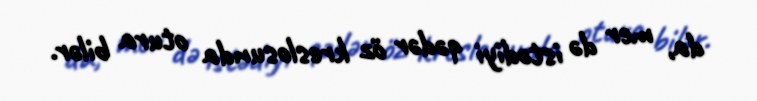
da, mer də istədiyi qədər öz kreslosunda otura bilər.